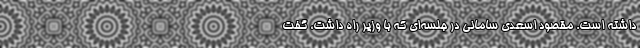
داشته است. مقصود اسعدی سامانی در جلسه‌ای که با وزیر راه داشت، گفت